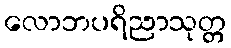
လောဘပရိညာသုတ္တ